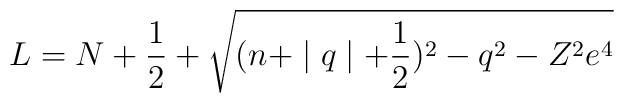
L=N+\frac 12+\sqrt{(n+\mid q\mid +\frac 12)^2-q^2-Z^2e^4}